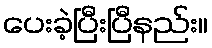
ပေးခဲ့ပြီးပြီနည်း။